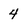
Character: 4